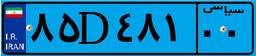
۲۳D۰۳۶۴۲